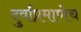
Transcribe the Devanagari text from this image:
दुर्वांप्रमाणेच